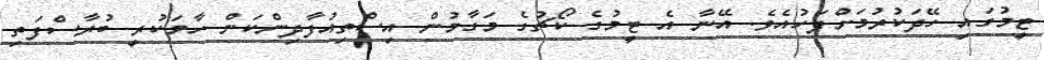
ޓީމުގައި ހޭދަކުރުމަށްފަހުއެވެ. އޭނާ އެ ޓީމުގެ ކޯޗުގެ މަގާމުން އިސްތިއުފާދިންކަން ހާމަކުރީ ބުރާސްފަތި